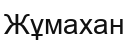
Жұмахан